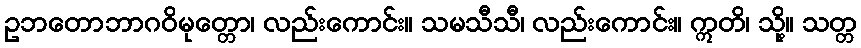
ဥဘတောဘာဂဝိမုတ္တော၊ လည်းကောင်း။ သမသီသီ၊ လည်းကောင်း။ ဣတိ၊ သို့။ သတ္တ